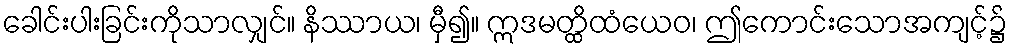
ခေါင်းပါးခြင်းကိုသာလျှင်။ နိဿာယ၊ မှီ၍။ ဣဒမတ္ထိထံယေဝ၊ ဤကောင်းသောအကျင့်၌